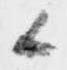
候